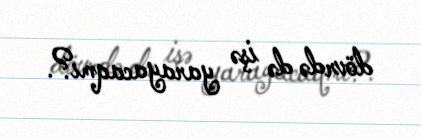
dövrdə də işə yarayacaqmı?.